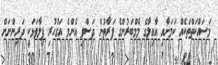
މަސައްކަތްތަކެއް ކަމަށާއި އާއިލާގެ މެމްބަރުންގެ ފަރާތުން ދަސްވި އެންމެ އަގުހުރި ފިލާވަޅަކީ ދަރިންނަށް